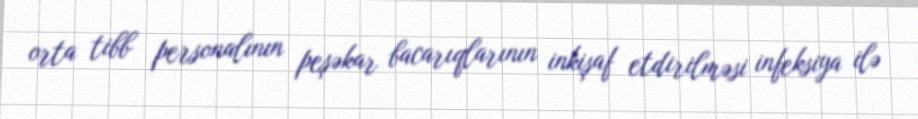
orta tibb personalının peşəkar bacarıqlarının inkişaf etdirilməsi infeksiya ilə